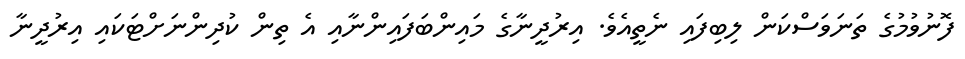
ފޮނުވުމުގެ ތަނަވަސްކަން ލިބިފައި ނެތީއެވެ. އިރުދީނާގެ މައިންބަފައިންނާއި އެ ތިން ކުދިންނަށްޓަކައި އިރުދީނާ